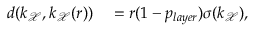
\begin{array} { r l } { d ( k _ { \mathcal { X } } , k _ { \mathcal { X } } ( r ) ) } & { { } = r ( 1 - p _ { l a y e r } ) \sigma ( k _ { \mathcal { X } } ) , } \end{array}